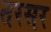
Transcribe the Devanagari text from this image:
तरसर